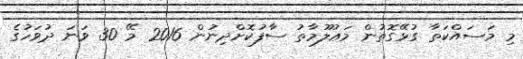
މި މަސައްކަތާ ގުޅޭގޮތުން މަޢުލޫމާތު ސާފުކޮށްދިނުން 2016 މޭ 30 ވަނަ ދުވަހުގެ